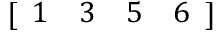
[ \begin{array} { l l l l } { 1 } & { 3 } & { 5 } & { 6 } \end{array} ]